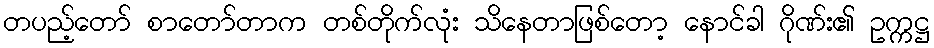
တပည့်တော် စာတော်တာက တစ်တိုက်လုံး သိနေတာဖြစ်တော့ နောင်ခါ ဂိုဏ်း၏ ဥက္ကဋ္ဌ